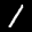
Label: 1